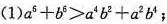
(1)$$a^{6}+b^{6}>a^{4}b^{2}+a^{2}b^{4}$$;